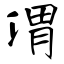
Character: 渭